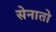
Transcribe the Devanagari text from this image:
सेनातो